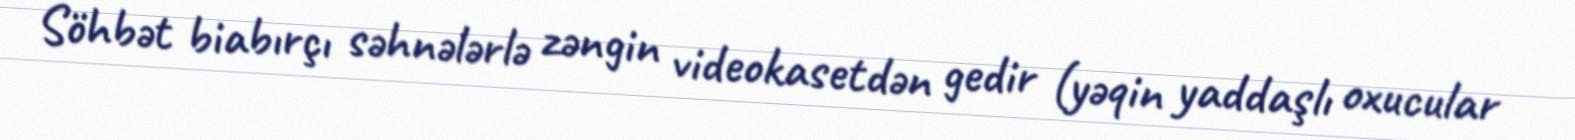
Söhbət biabırçı səhnələrlə zəngin videokasetdən gedir (yəqin yaddaşlı oxucular